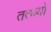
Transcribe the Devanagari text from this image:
तत्थ्यो